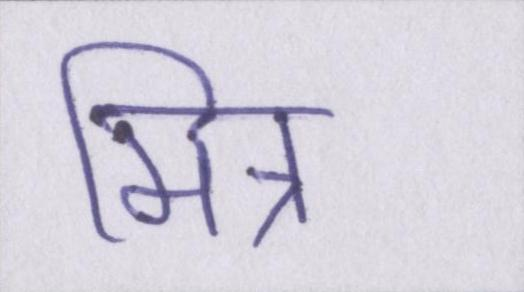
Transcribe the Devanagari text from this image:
मित्र